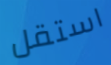
استقل